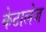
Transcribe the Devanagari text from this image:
केटालेज